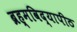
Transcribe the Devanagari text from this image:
ब्रह्मविद्यापीठ